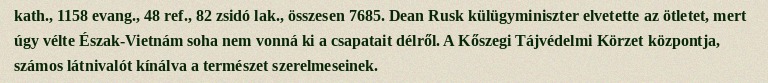
kath., 1158 evang., 48 ref., 82 zsidó lak., összesen 7685. Dean Rusk külügyminiszter elvetette az ötletet, mert úgy vélte Észak-Vietnám soha nem vonná ki a csapatait délről. A Kőszegi Tájvédelmi Körzet központja, számos látnivalót kínálva a természet szerelmeseinek.